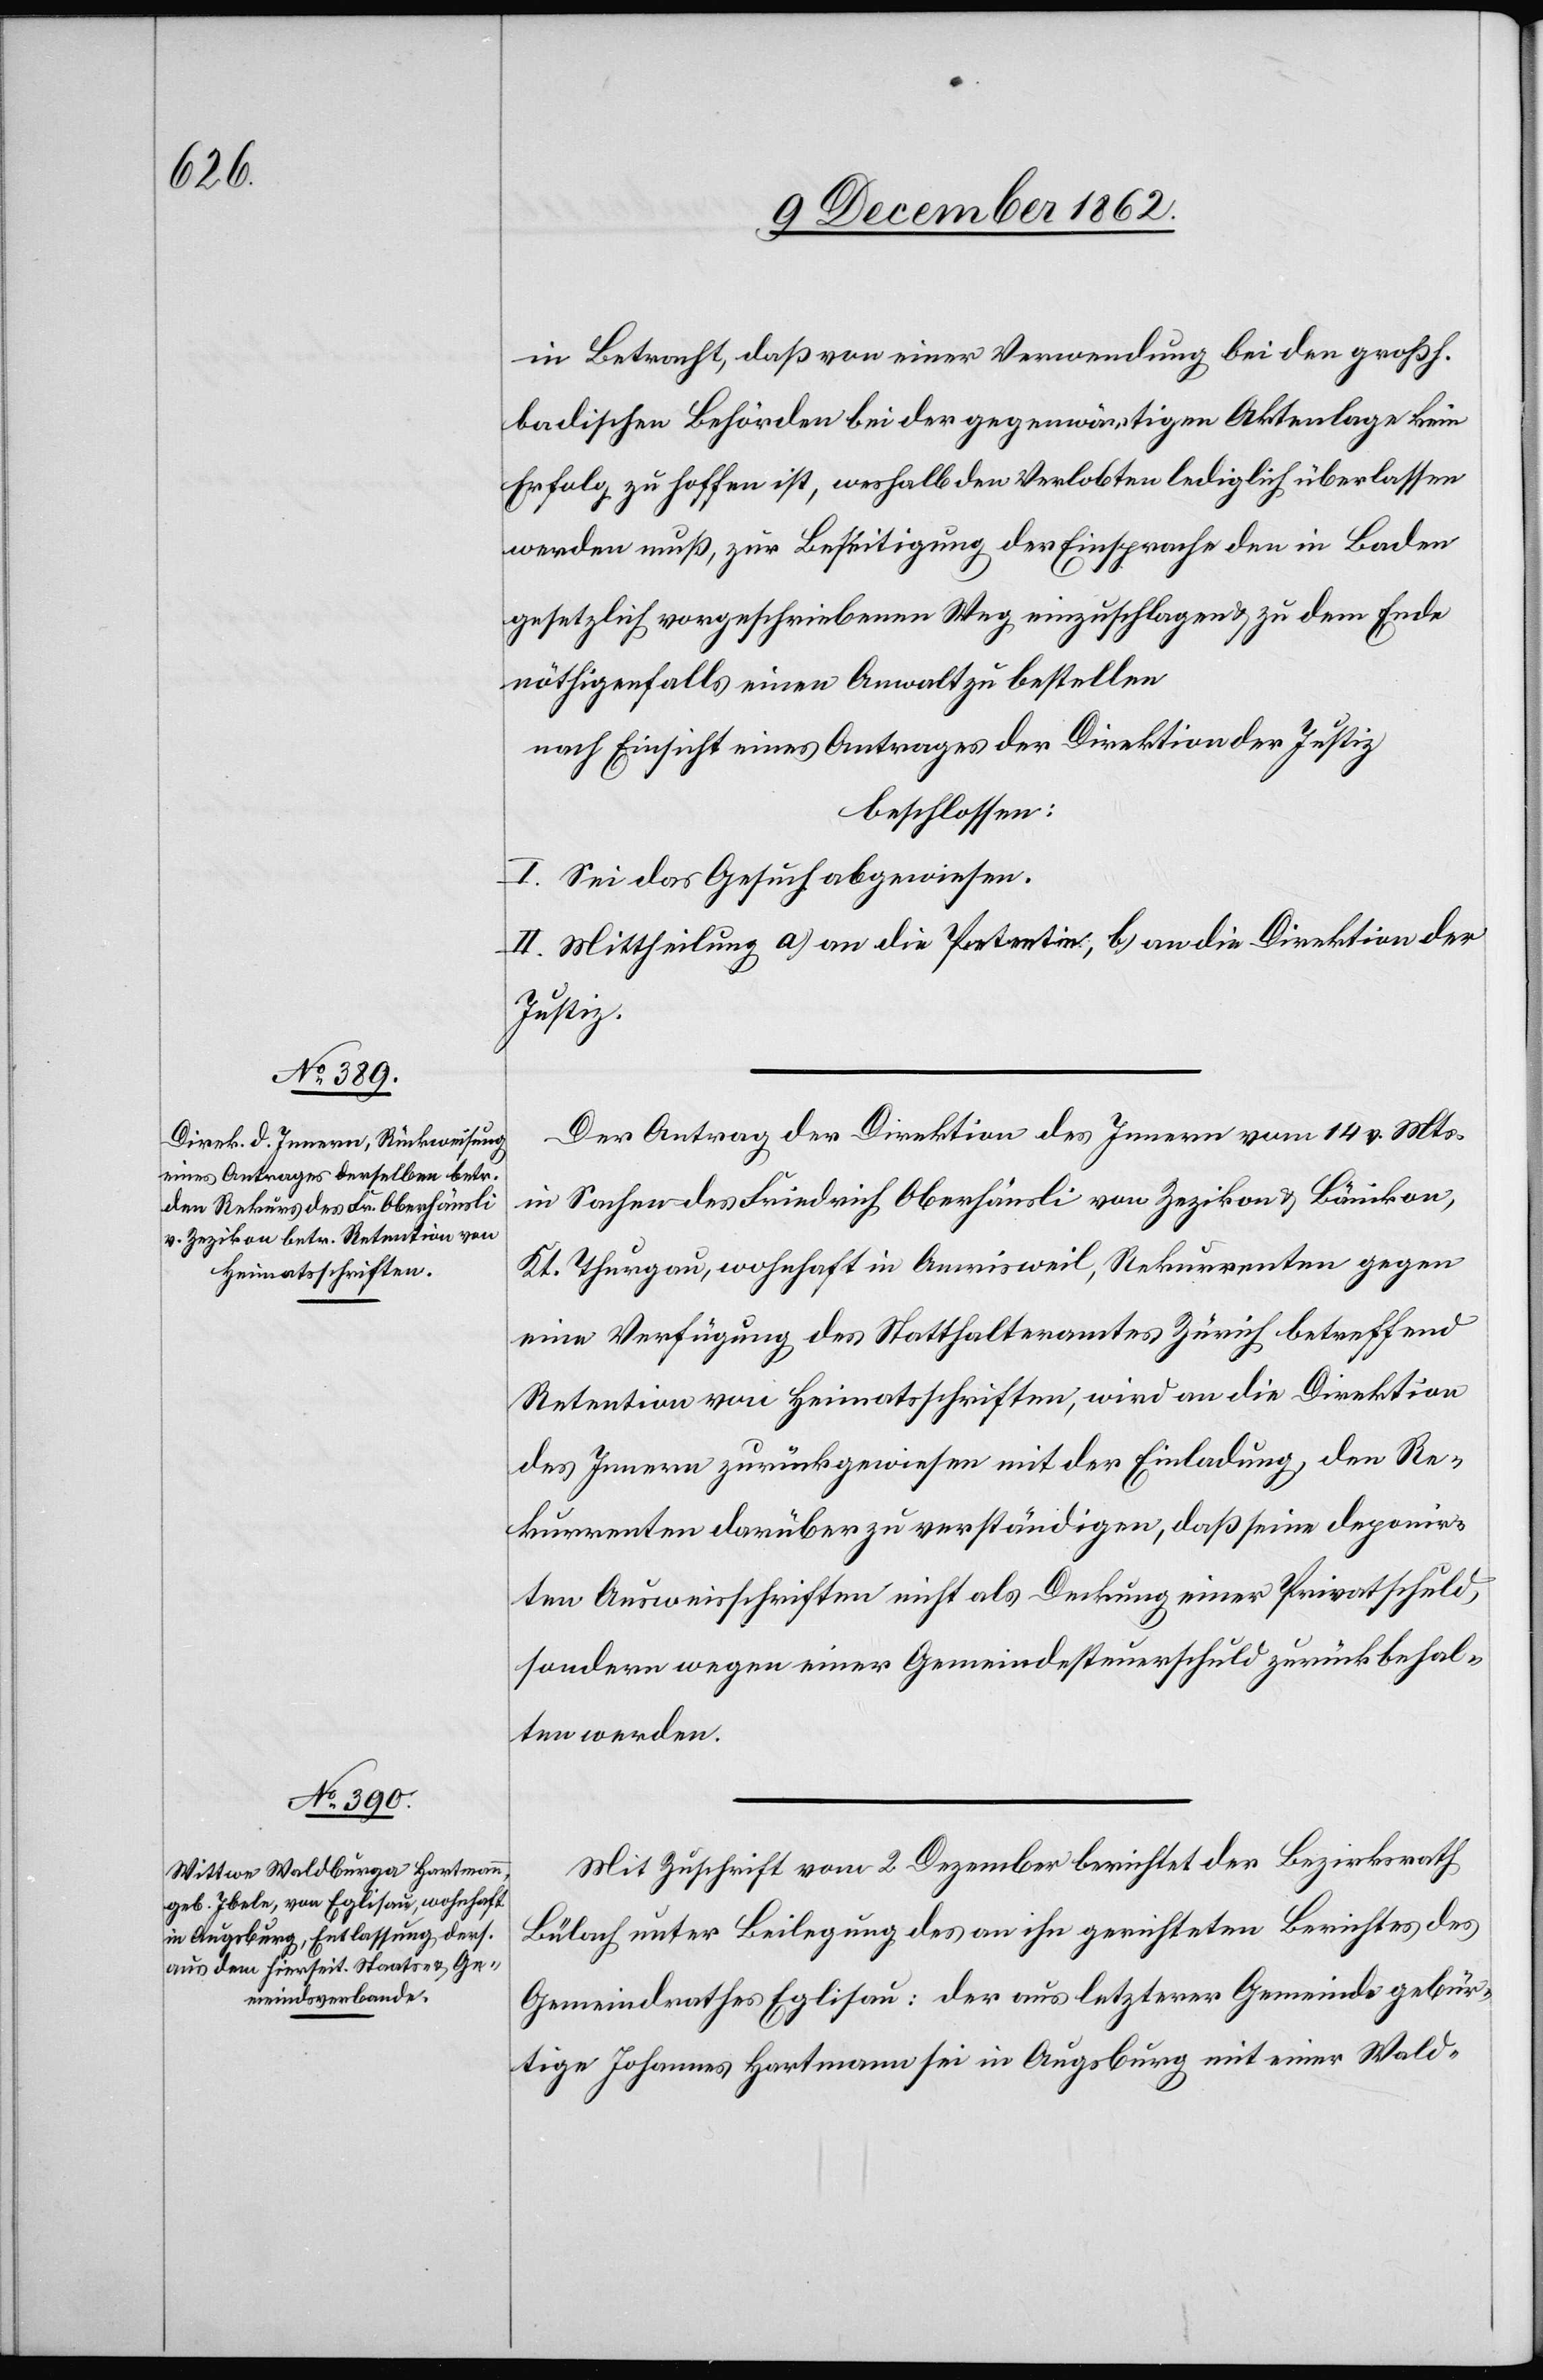
in Betracht, daß von einer Verwendung bei den großh.
badischen Behörden bei der gegenwärtigen Aktenlage kein
Erfolg zu hoffen ist, weshalb den Verlobten lediglich überlassen
werden muß, zur Beseitigung der Einsprache den in Baden
gesetzlich vorgeschriebenen Weg einzuschlagen u. zu dem Ende
nöthigenfalls einen Anwalt zu bestellen
nach Einsicht eines Antrages der Direktion der Justiz
beschlossen:
I. Sei das Gesuch abgewiesen.
II. Mittheilung a) an die Petentin, b) an die Direktion der
Justiz.
Der Antrag der Direktion des Innern vom 14. v. Mts.
in Sachen des Friedrich Oberhänsli von Zezikon u. Bännikon,
Kt. Thurgau, wohnhaft in Amrisweil, Rekurrenten gegen
eine Verfügung des Statthalteramtes Zürich betreffend
Retention von Heimatsschriften, wird an die Direktion
des Innern zurückgewiesen mit der Einladung, den Re¬
kurrenten darüber zu verständigen, daß seine deponir¬
ten Ausweisschriften nicht als Deckung einer Privatschuld,
sondern wegen einer Gemeindesteuerschuld zurückbehal¬
ten werden.
Mit Zuschrift vom 2. Dezember berichtet der Bezirksrath
Bülach unter Beilegung des an ihn gerichteten Berichtes des
Gemeindrathes Eglisau: der aus letzterer Gemeinde gebür¬
tige Johannes Hartmann sei in Augsburg mit einer Wald-